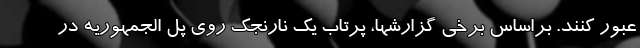
عبور کنند. براساس برخی گزارشها، پرتاب یک نارنجک روی پل الجمهوریه در